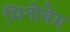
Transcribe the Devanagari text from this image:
मिनोचेम